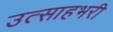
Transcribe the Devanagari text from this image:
उत्साहभरी